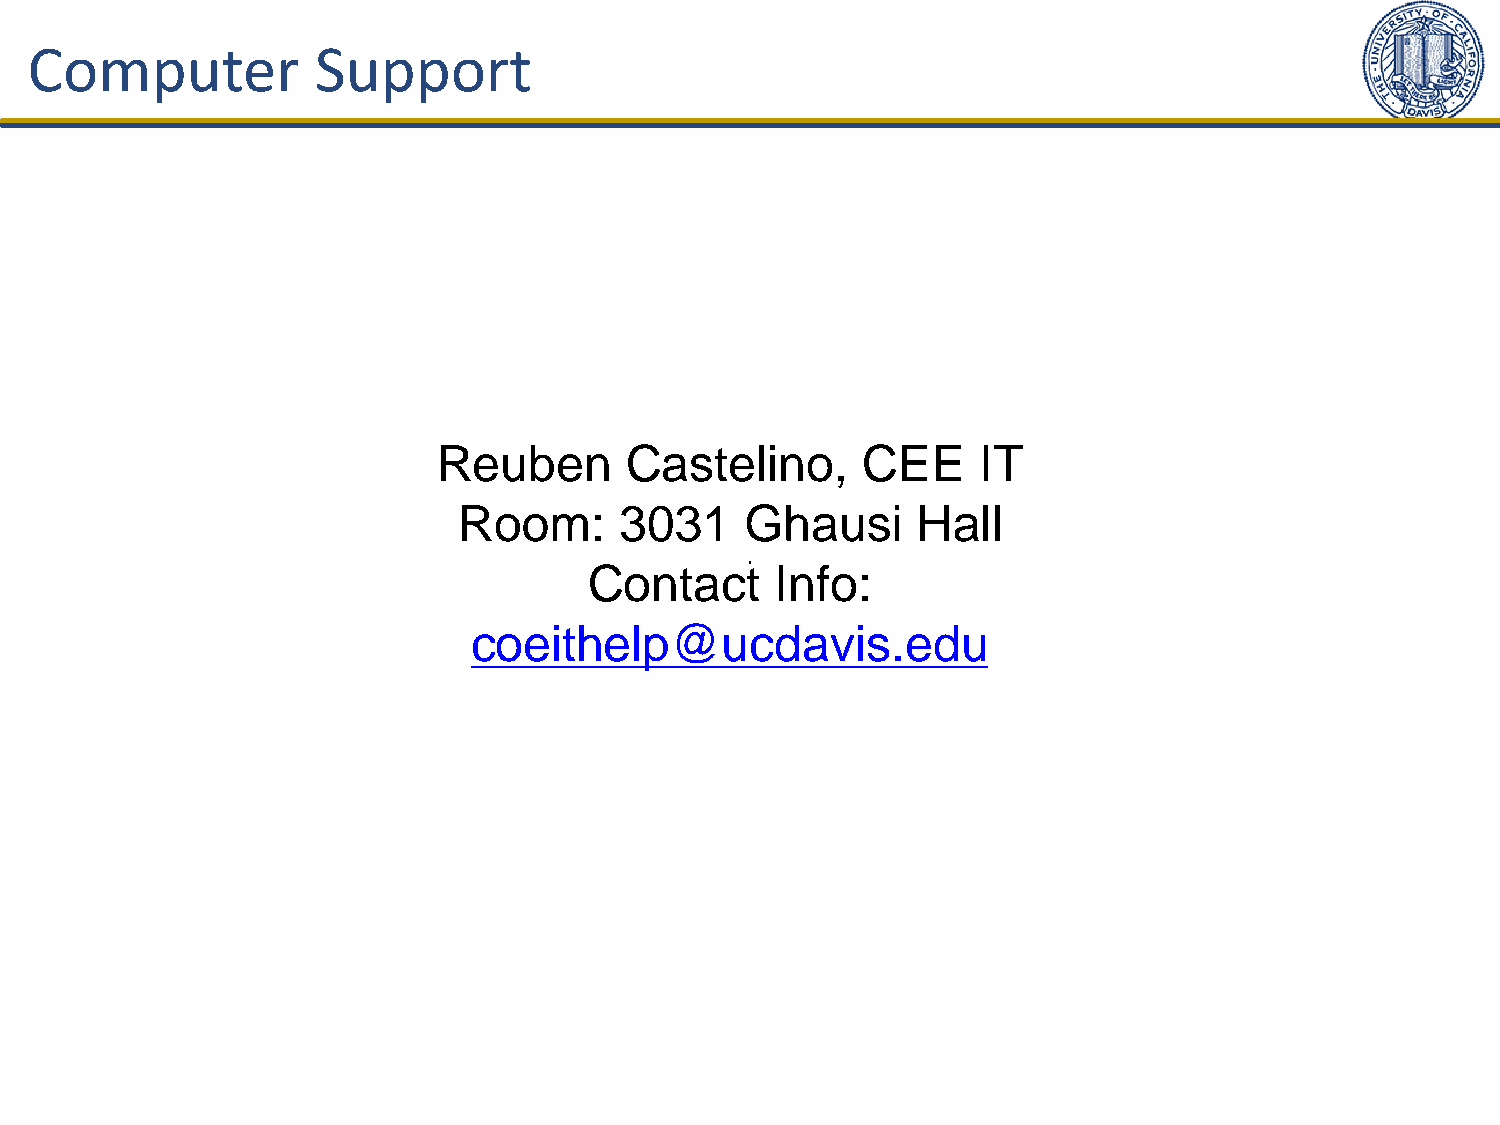
Computer           Support
 Reuben      Castelino,      CEE     IT
 Room:      3031    Ghausi      Hall
 Contact     Info:
 coeithelp@ucdavis.edu